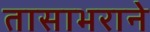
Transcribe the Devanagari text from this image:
तासाभराने